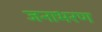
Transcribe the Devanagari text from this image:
जनाभरण